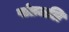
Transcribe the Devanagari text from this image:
पांतजलि